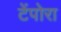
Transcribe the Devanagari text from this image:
टेंपोरा